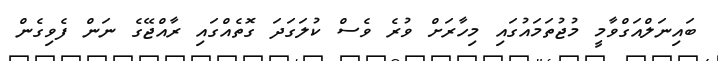
ބައިނަލްއަގްވާމީ މުޖުތަމައުގައި މިހާރަށް ވުރެ ވެސް ކުލަގަދަ ގޮތެއްގައި ރާއްޖޭގެ ނަން ފެވިގެން